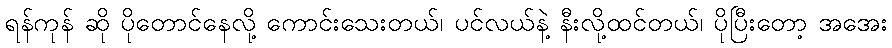
ရန်ကုန် ဆို ပိုတောင်နေလို့ ကောင်းသေးတယ်၊ ပင်လယ်နဲ့ နီးလို့ထင်တယ်၊ ပိုပြီးတော့ အအေး